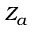
Z _ { a }